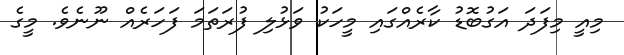
މިއީ މިފަދަ އަގުބޮޑު ކާރެއްގައި މީހަކު ވަޅުލި ފުރަތަމަ ފަހަރެއް ނޫނެވެ. މީގެ